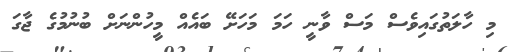
މި ހާލަތުގައިވެސް މަސް ވާނީ ހަމަ މަހަށޭ ބައެއް މީހުންނަށް ބުނުމުގެ ޖާގަ